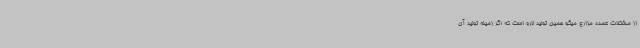
از مشکلات عمده مزارع میگو همین تولید لارو است که اگر زمینه تولید آن